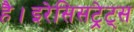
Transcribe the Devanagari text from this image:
है।इरेसिसट्रेट्स